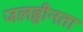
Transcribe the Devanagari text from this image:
जलहीनता